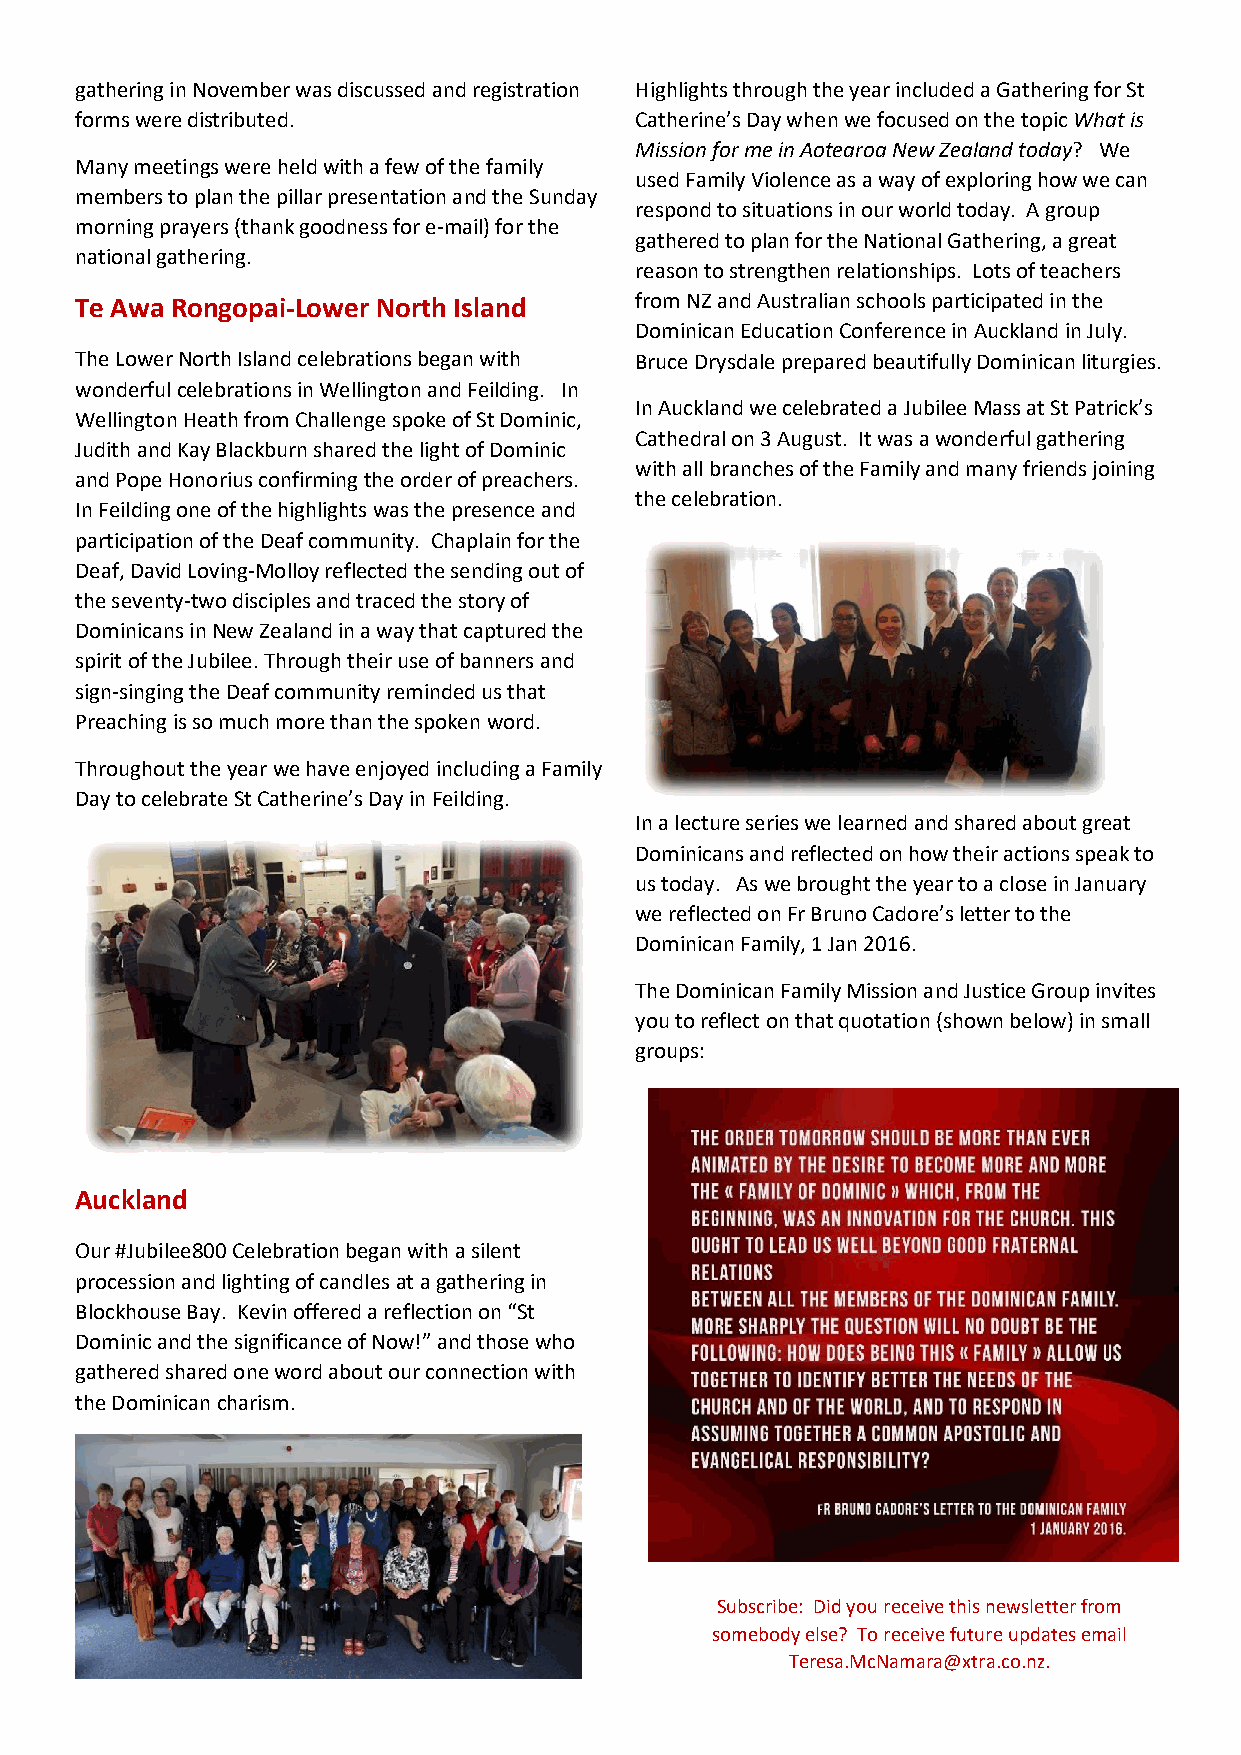
gathering in November was discussed and registration Highlights through the year included a Gathering for St
 forms were distributed.              Catherine’s Day when we focused on the topic What is
 Mission for me in Aotearoa New Zealand today? We
 Many meetings were held with a few of the family
 used Family Violence as a way of exploring how we can
 members to plan the pillar presentation and the Sunday
 respond to situations in our world today. A group
 morning prayers (thank goodness for e-mail) for the
 gathered to plan for the National Gathering, a great
 national gathering.
 reason to strengthen relationships. Lots of teachers
 Te Awa Rongopai-Lower North Island   from NZ and Australian schools participated in the
 Dominican Education Conference in Auckland in July.
 The Lower North Island celebrations began with Bruce Drysdale prepared beautifully Dominican liturgies.
 wonderful celebrations in Wellington and Feilding. In
 In Auckland we celebrated a Jubilee Mass at St Patrick’s
 Wellington Heath from Challenge spoke of St Dominic,
 Cathedral on 3 August. It was a wonderful gathering
 Judith and Kay Blackburn shared the light of Dominic
 with all branches of the Family and many friends joining
 and Pope Honorius confirming the order of preachers.
 the celebration.
 In Feilding one of the highlights was the presence and
 participation of the Deaf community. Chaplain for the
 Deaf, David Loving-Molloy reflected the sending out of
 the seventy-two disciples and traced the story of
 Dominicans in New Zealand in a way that captured the
 spirit of the Jubilee. Through their use of banners and
 sign-singing the Deaf community reminded us that
 Preaching is so much more than the spoken word.
 Throughout the year we have enjoyed including a Family
 Day to celebrate St Catherine’s Day in Feilding.
 In a lecture series we learned and shared about great
 Dominicans and reflected on how their actions speak to
 us today. As we brought the year to a close in January
 we reflected on Fr Bruno Cadore’s letter to the
 Dominican Family, 1 Jan 2016.
 The Dominican Family Mission and Justice Group invites
 you to reflect on that quotation (shown below) in small
 groups:
 Auckland
 Our #Jubilee800 Celebration began with a silent
 procession and lighting of candles at a gathering in
 Blockhouse Bay. Kevin offered a reflection on “St
 Dominic and the significance of Now!” and those who
 gathered shared one word about our connection with
 the Dominican charism.
 Subscribe: Did you receive this newsletter from
 somebody else? To receive future updates email
 Teresa.McNamara@xtra.co.nz.